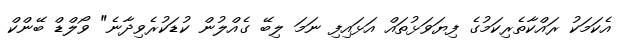
އެކަމަކު ރައްކާތެރިކަމުގެ ފިޔަވަޅުތައް އަޅައިފި ނަމަ ލިބޭ ގެއްލުން ކުޑަކުރެވިދާނެ" ވޯލްޑް ބޭންކް